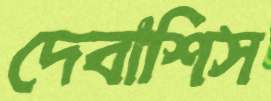
দেবাশিস